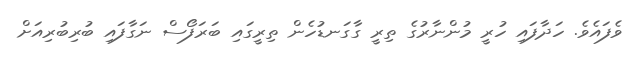
ވެފައެވެ. ހަދާފައި ހުރީ މުންނާރުގެ ތިރީ ގާގަނޑުހެން ތިރީގައި ބަރަފޯސް ނަގާފައި ބުރިބުރިއަށް